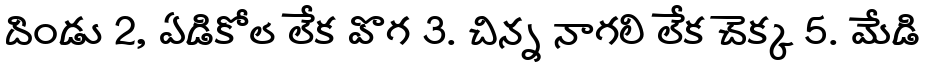
దిండు 2, ఏడికోల లేక వొగ 3. చిన్న నాగలి లేక చెక్క 5. మేడి